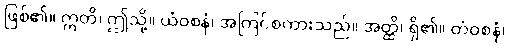
ဖြစ်၏။ ဣတိ၊ ဤသို့။ ယံဝစနံ၊ အကြင်စကားသည်။ အတ္ထိ၊ ရှိ၏။ တံဝစနံ၊